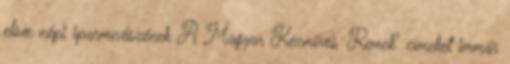
elsœ népi iparmıvészének A Magyar Kézmıves Remek" címeket immár